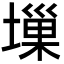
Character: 𡏮